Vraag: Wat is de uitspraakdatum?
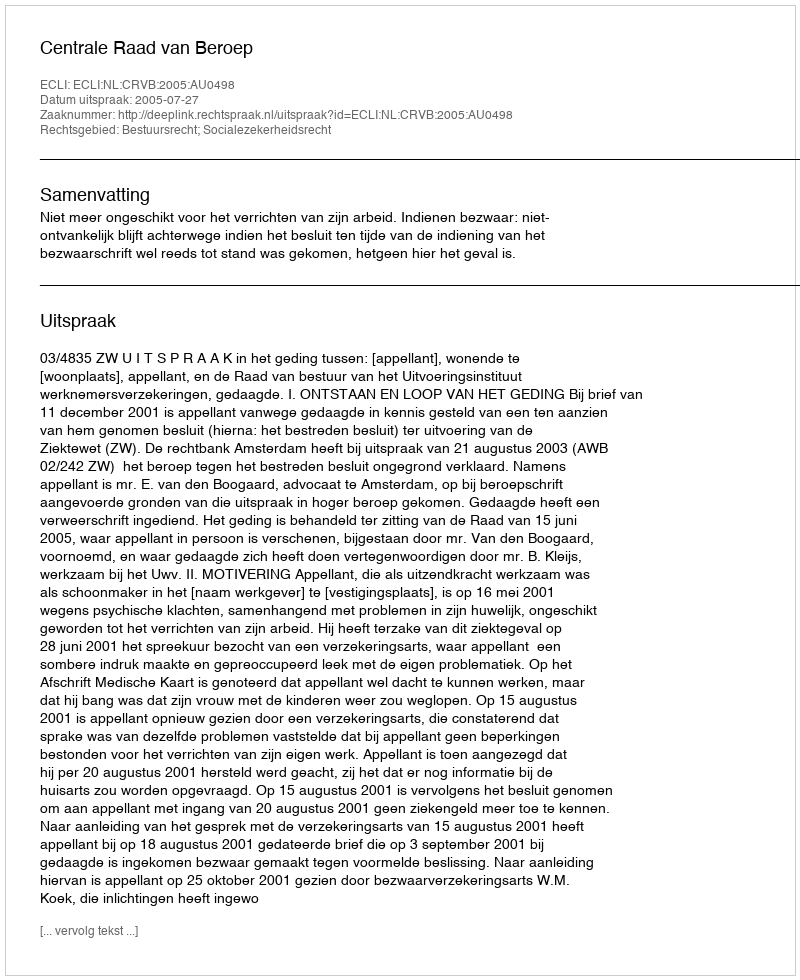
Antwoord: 2005-07-27